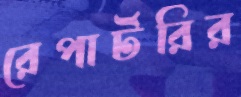
রেপার্টরির